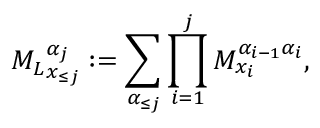
{ M _ { L } } _ { \boldsymbol x _ { \le j } } ^ { \alpha _ { j } } : = \sum _ { \boldsymbol { \alpha _ { \le j } } } \prod _ { i = 1 } ^ { j } M _ { x _ { i } } ^ { \alpha _ { i - 1 } \alpha _ { i } } ,